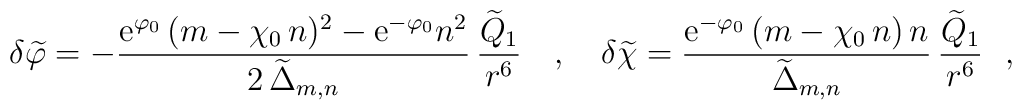
\delta{\widetilde\varphi}= - \frac{{\rm e}^{\varphi_0}\,(m-\chi_0\,n)^2-{\rm e}^{-\varphi_0}n^2}{2\,{\widetilde\Delta}_{m,n}}\,\frac{{\widetilde Q}_1}{r^6} ~~~,~~~\delta{\widetilde\chi} = \frac{{\rm e}^{-\varphi_0}\,(m-\chi_0\,n)\,n}{{\widetilde\Delta}_{m,n}}\,\frac{{\widetilde Q}_1}{r^6 }~~,